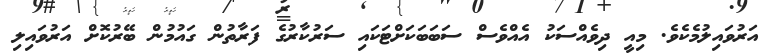
އަރުވައިލުމެކެވެ. މިއީ ދިވެއްސަކު އެއްވެސް ސަބަބަކަށްޓަކައި ސަރުކާރުގެ ފަރާތުން ގައުމުން ބޭރުކޮށް އަރުވައިލި